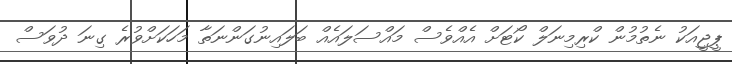
ޕީޖީއަކު ނެތުމުން ކްރިމިނަލް ކޯޓަށް އެއްވެސް މައްސަލައެއް ބަލައިނުގަންނަތާ މަހަކަށްވުރެ ގިނަ ދުވަސް